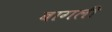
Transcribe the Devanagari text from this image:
बागली